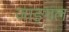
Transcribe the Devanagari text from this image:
जाङ्गल